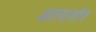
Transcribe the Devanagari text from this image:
आत्याशीच